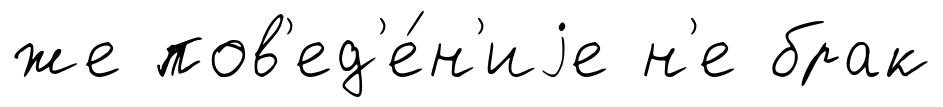
же пов'ед'е́н'иjе н'е брак